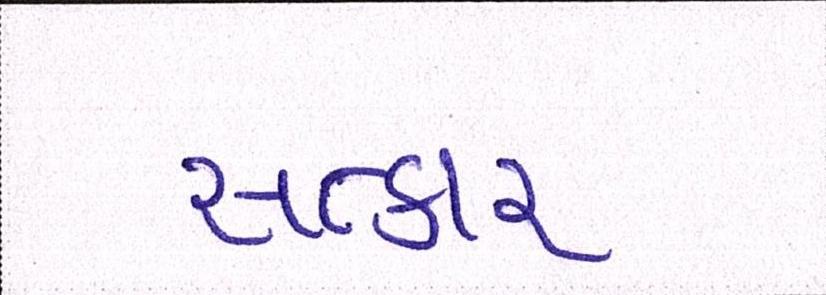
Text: સત્કાર